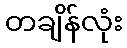
တချိန်လုံး